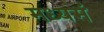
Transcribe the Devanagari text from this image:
मध्यमं